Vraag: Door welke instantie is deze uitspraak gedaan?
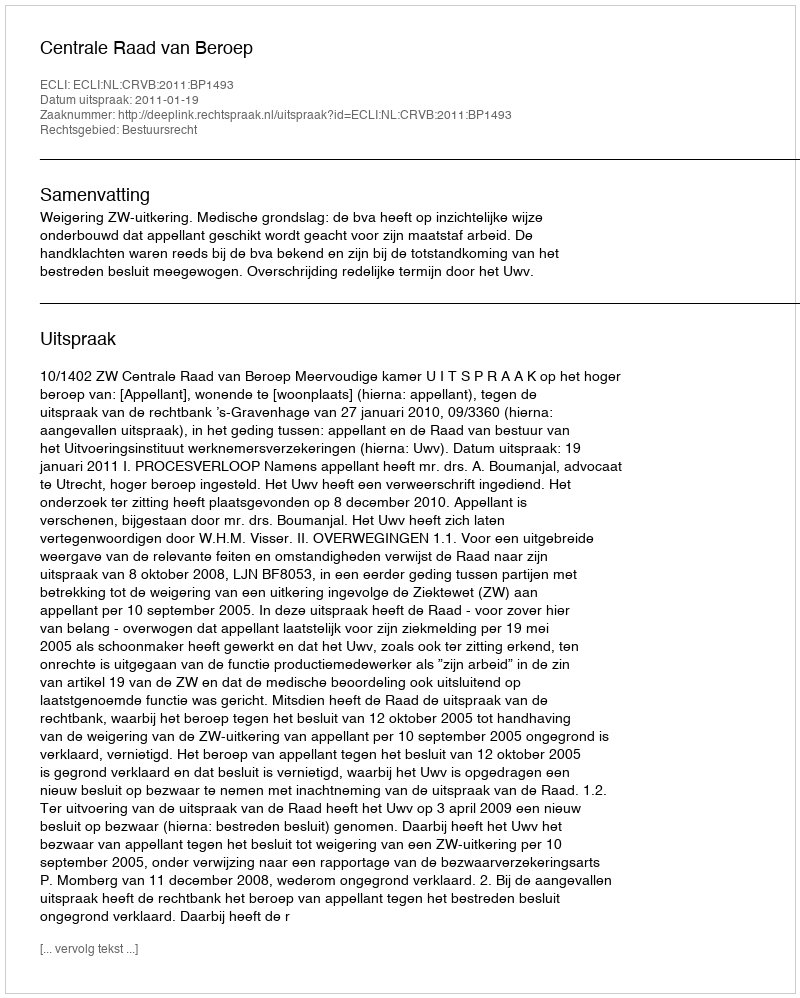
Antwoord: Centrale Raad van Beroep